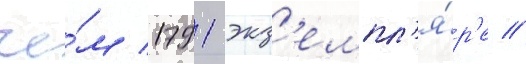
че́м 1791 экз'емпл'я́р'е //